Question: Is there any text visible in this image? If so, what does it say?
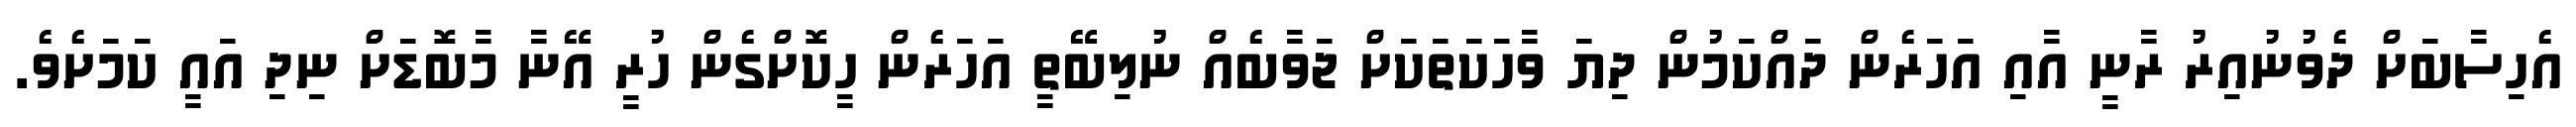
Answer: އެހިސާބަށް ދެވުނުއިރު ރާނީ އާއި އަހަރެން ދައްކަމުން ދިޔަ ވާހަކަތަކަށް ޖަވާބެއް ނުލިބޭތީ އަހަރެން ހީކޮށްގެން ހުރީ އޭނާ މާބޮޑަށް ނިދި އައީ ކަމަށެވެ.